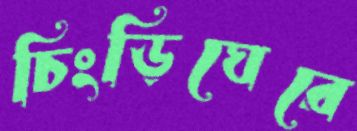
চিংড়িঘেরে